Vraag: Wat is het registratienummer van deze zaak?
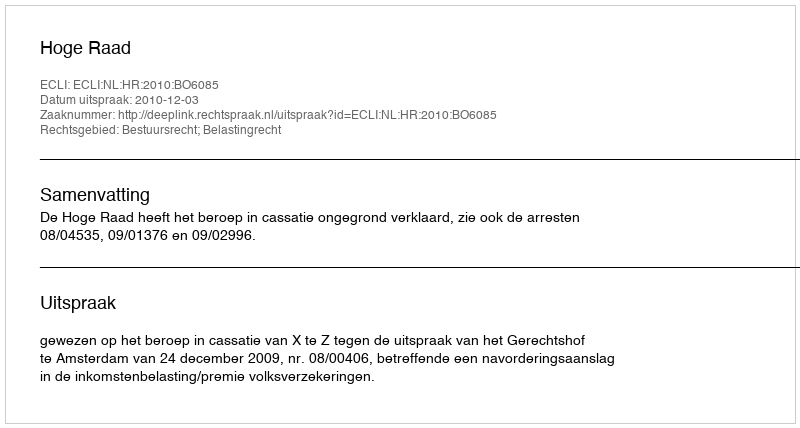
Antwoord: http://deeplink.rechtspraak.nl/uitspraak?id=ECLI:NL:HR:2010:BO6085